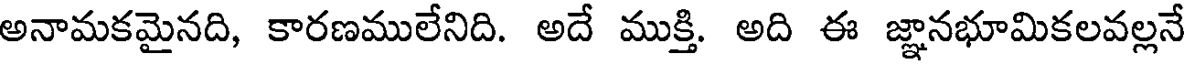
అనామకమైనది, కారణములేనిది. అదే ముక్తి. అది ఈ జ్ఞానభూమికలవల్లనే